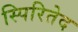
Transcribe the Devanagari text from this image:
स्पिरितेद